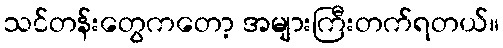
သင်တန်းတွေကတော့ အများကြီးတက်ရတယ်။